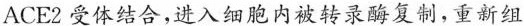
ACE2受体结合,进入细胞内被转录酶复制，重新组